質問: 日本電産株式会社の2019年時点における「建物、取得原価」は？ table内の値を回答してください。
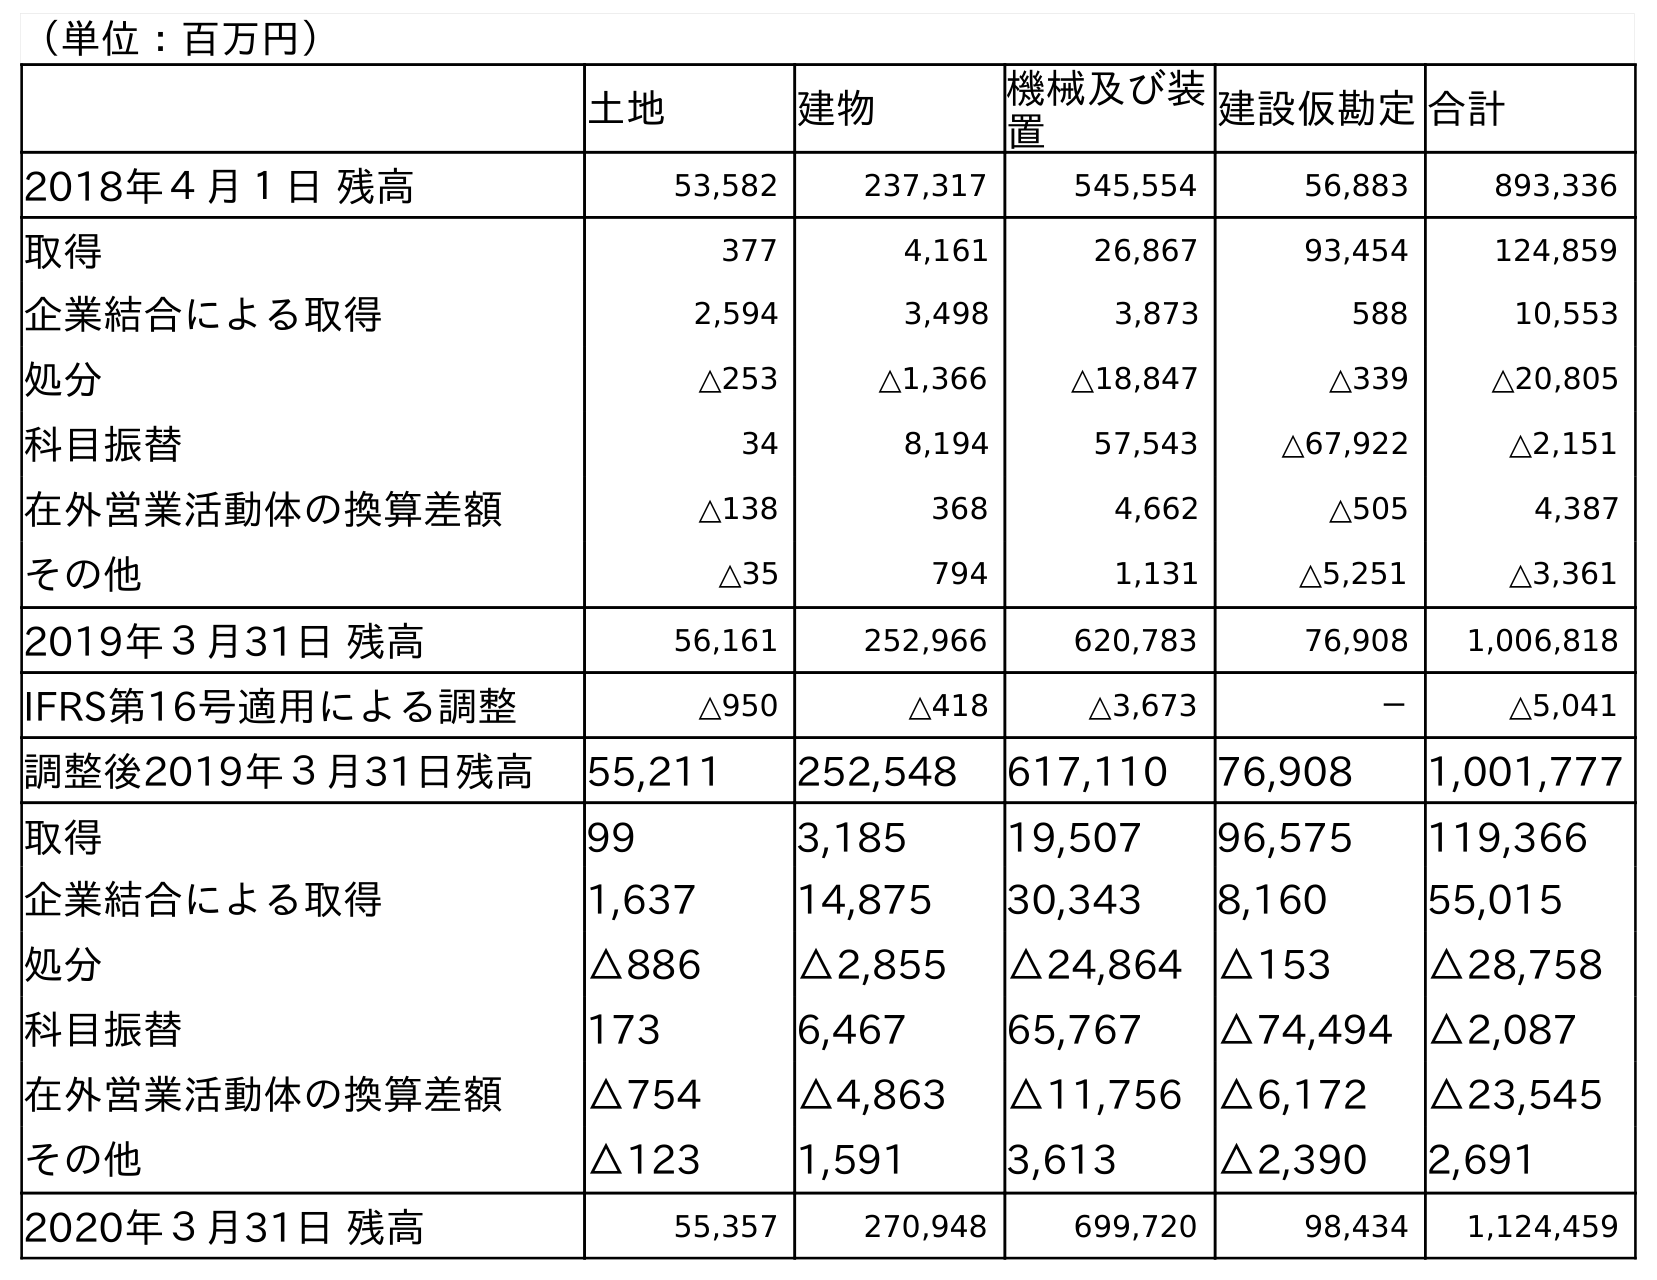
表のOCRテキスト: （単位：百万円） 土地 建物 機械及び装 置 建設仮勘定合計 2018年４月１日 残高 53,582 237,317 545,554 56,883 893,336 取得 377 4,161 26,867 93,454 124,859 企業結合による取得 2,594 3,498 3,873 588 10,553 処分 △253 △1,366 △18,847 △339 △20,805 科目振替 34 8,194 57,543 △67,922 △2,151 在外営業活動体の換算差額 △138 368 4,662 △505 4,387 その他 △35 794 1,131 △5,251 △3,361 2019年３月31日 残高 56,161 252,966 620,783 76,908 1,006,818 IFRS第16号適用による調整 △950 △418 △3,673 － △5,041 調整後2019年３月31日残高 55,211 252,548 617,110 76,908 1,001,777 取得 99 3,185 19,507 96,575 119,366 企業結合による取得 1,637 14,875 30,343 8,160 55,015 処分 △886 △2,855 △24,864 △153 △28,758 科目振替 173 6,467 65,767 △74,494 △2,087 在外営業活動体の換算差額 △754 △4,863 △11,756 △6,172 △23,545 その他 △123 1,591 3,613 △2,390 2,691 2020年３月31日 残高 55,357 270,948 699,720 98,434 1,124,459
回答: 252,966